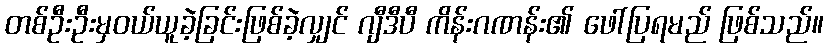
တစ်ဦးဦးမှဝယ်ယူခဲ့ခြင်းဖြစ်ခဲ့လျှင် ဂျီဒီပီ ကိန်းဂဏန်း၏ ဖေါ်ပြရမည် ဖြစ်သည်။